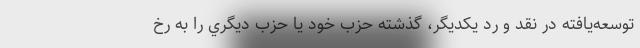
توسعه‌يافته در نقد و رد يكديگر، گذشته حزب خود يا حزب ديگري را به رخ